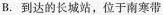
B. 到达的长城站，位于南寒带